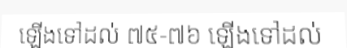
ឡើងទៅដល់ ៧៥-៧៦ ឡើងទៅដល់